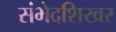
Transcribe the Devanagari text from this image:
संभेदशिखर